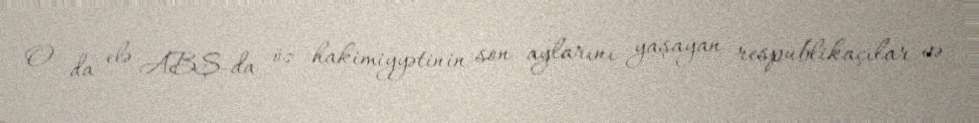
O da elə ABŞ-da öz hakimiyyətinin son aylarını yaşayan respublikaçılar və